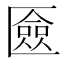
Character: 匳